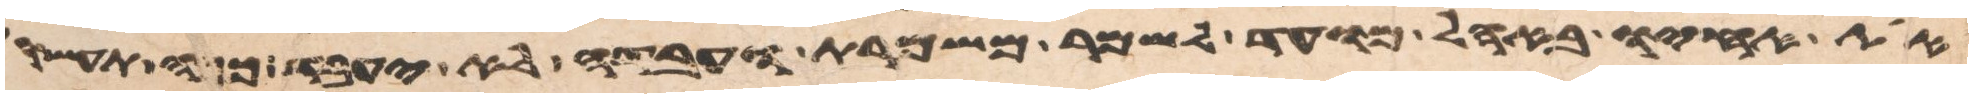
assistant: את אחיו באהל מועד לשמר משמרת ועבדה לא יעבד ככה תעשו